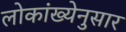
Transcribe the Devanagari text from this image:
लोकांख्येनुसार